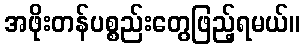
အဖိုးတန်ပစ္စည်းတွေဖြည့်ရမယ်။